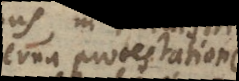
interna protestatione